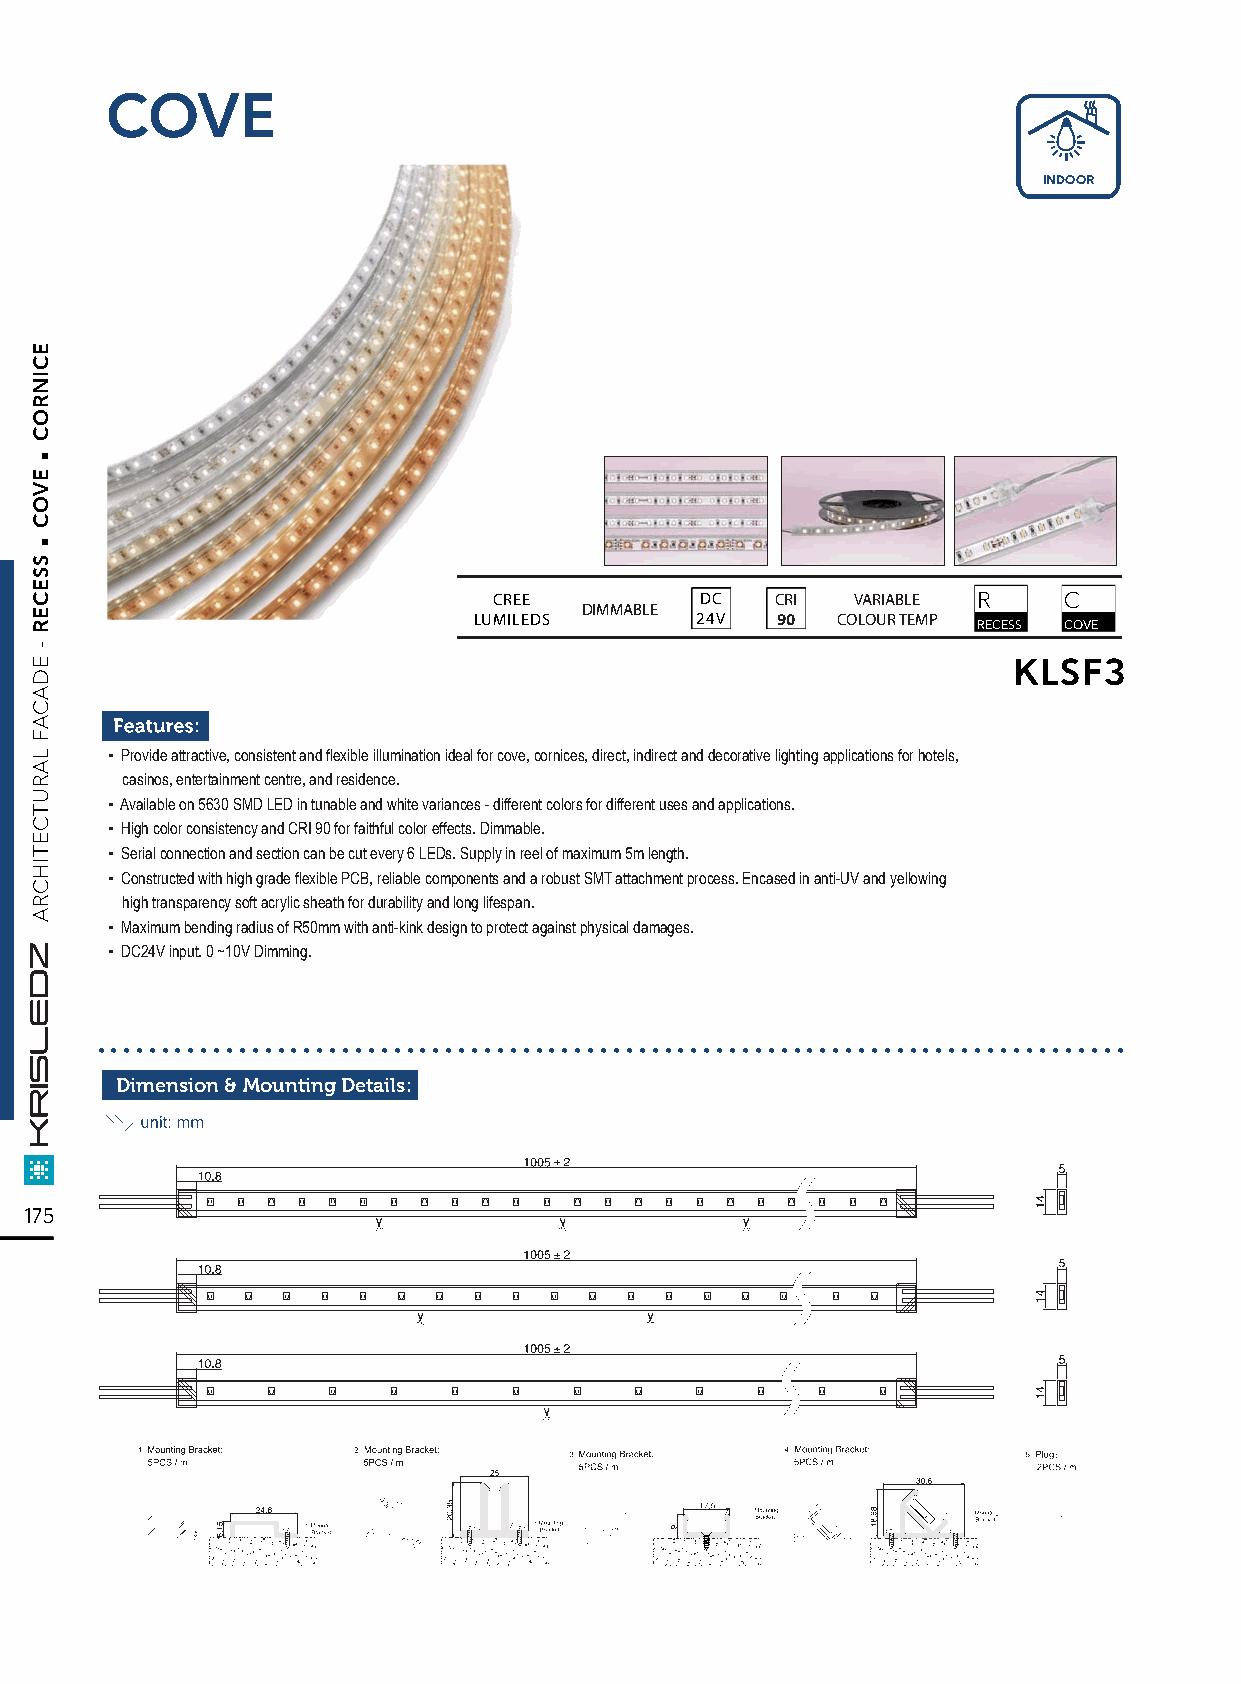
COVE
 INDOOR
 CREE         DC   CRI   VARIABLE R   C
 DIMMABLE
 LUMILEDS       24V  90  COLOUR TEMP RECESS COVE
 KLSF3
 ▪ Provide attractive, consistent and flexible illumination ideal for cove, cornices, direct, indirect and decorative lighting applications for hotels,
 casinos, entertainment centre, and residence.
 ▪ Available on 5630 SMD LED in tunable and white variances - different colors for different uses and applications.
 ▪ High color consistency and CRI 90 for faithful color effects. Dimmable.
 ▪ Serial connection and section can be cut every 6 LEDs. Supply in reel of maximum 5m length.
 ▪ Constructed with high grade flexible PCB, reliable components and a robust SMT attachment process. Encased in anti-UV and yellowing
 high transparency soft acrylic sheath for durability and long lifespan.
 ▪ Maximum bending radius of R50mm with anti-kink design to protect against physical damages.
 ▪ DC24V input. 0 ~10V Dimming.
 ................................................................................
 Dimension & Mounting Details:
 175
 .
 .
 ECINROC
 EVOC
 SSECER
 -
 EDACAF
 LARUTCETIHCRA